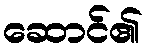
ဆောင်၏